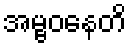
အမ္ဗဝနေတိ